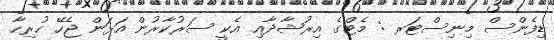
ޑިފެންސް މިނިސްޓަރ : މެޓްގެ އިރުޝާދާއި އެކީ ސަރުކާރުން އަޅަން ޖެހޭ ހުރިހާ